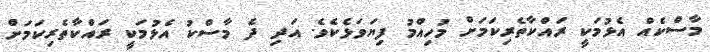
މާސްކެއް އެޅުމަކީ ރައްކާތެރިކަމަށް މުހިއްމު ފިޔަވަޅެކެވެ. އަދި ދެ މާސްކު އެޅުމަކީ ރައްކާތެރިކަމަށް